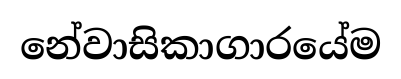
නේවාසිකාගාරයේම